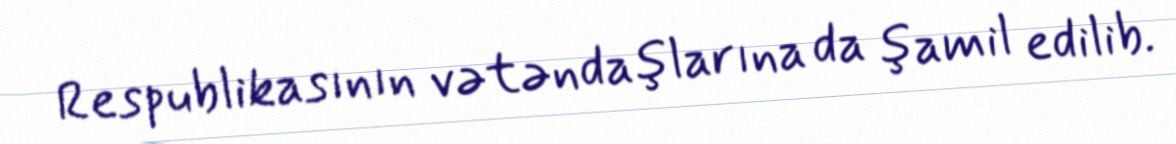
Respublikasının vətəndaşlarına da şamil edilib.